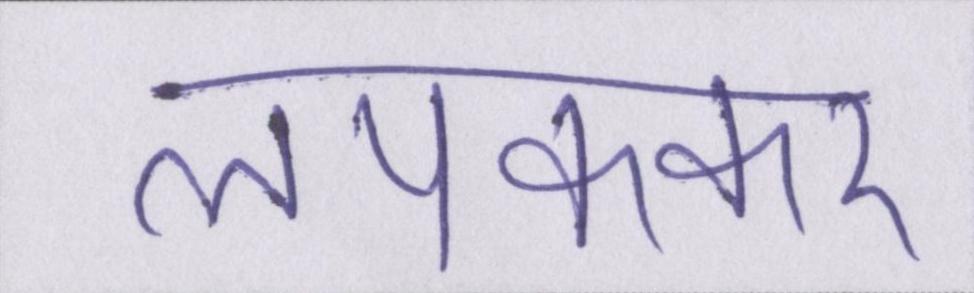
लपककर